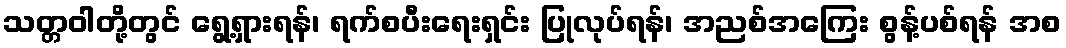
သတ္တဝါတို့တွင် ရွေ့ရှားရန်၊ ရက်စပီးရေးရှင်း ပြုလုပ်ရန်၊ အညစ်အကြေး စွန့်ပစ်ရန် အစ